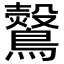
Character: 𪇂